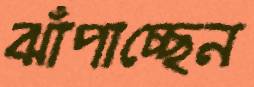
ঝাঁপাচ্ছেন